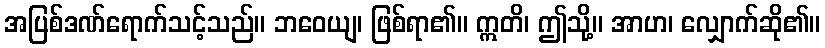
အပြစ်ဒဏ်ရောက်သင့်သည်။ ဘဝေယျ၊ ဖြစ်ရာ၏။ ဣတိ၊ ဤသို့။ အာဟ၊ လျှောက်ဆို၏။